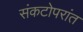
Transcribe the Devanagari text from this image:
संकटोपरांत